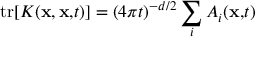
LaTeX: \mathrm { t r } [ K ( { \bf x , x , } t ) ] = ( 4 \pi t ) ^ { - d / 2 } \sum _ { i } A _ { i } ( { \bf x , } t { \bf ) }